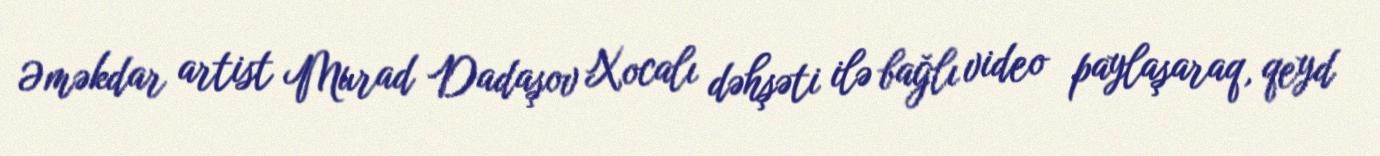
Əməkdar artist Murad Dadaşov Xocalı dəhşəti ilə bağlı video paylaşaraq, qeyd